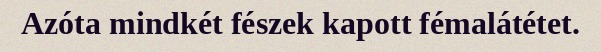
Azóta mindkét fészek kapott fémalátétet.